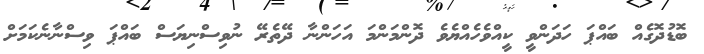
ބޮޑުދޮގެއް ބައްޕަ ހަދަންވީ ކީއްވެހެއްޔެވެ ދޮންމަންމަ އަހަންނާ ދޭތެރޭ ނުވިސްނިޔަސް ބައްޕަ ވިސްނާނެކަމަށް